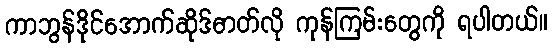
ကာဘွန်ဒိုင်အောက်ဆိုဒ်ဓာတ်လို ကုန်ကြမ်းတွေကို ရပါတယ်။